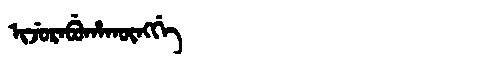
Manchu: ᡳᠵᡠᡵᠠᠪᡠᡥᠠᡴᡡᠩᡤᡝ
Romanization: IJURABUHAKŪNGGE